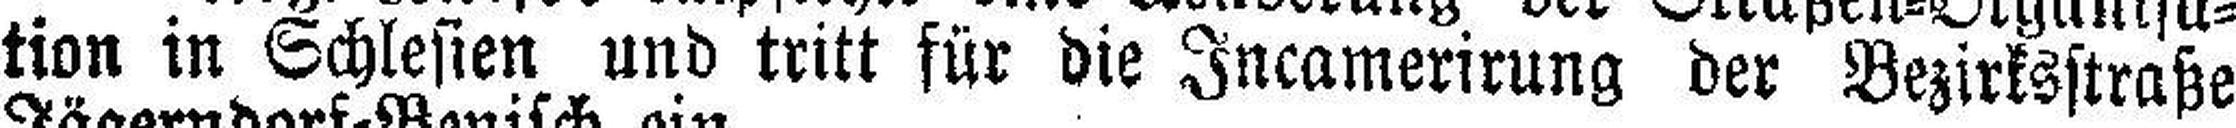
tion in Schlesien und tritt für die Incamerirung der Bezirksstraße